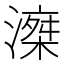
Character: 𣽘